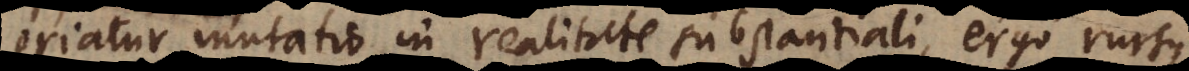
oriatur mutatio in realitate substantiali, ergo rursus